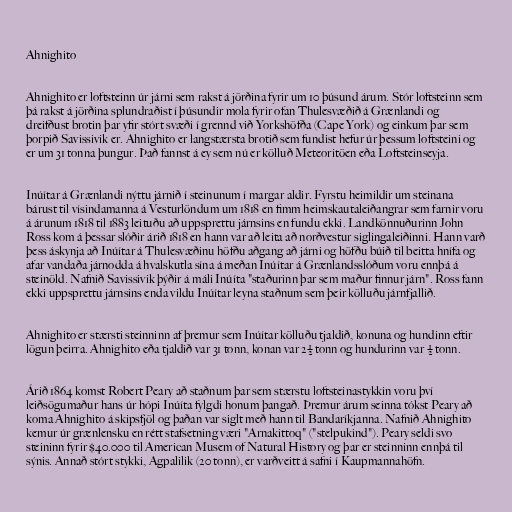
Ahnighito

Ahnighito er loftsteinn úr járni sem rakst á jörðina fyrir um 10 þúsund árum. Stór loftsteinn sem
þá rakst á jörðina splundraðist í þúsundir mola fyrir ofan Thulesvæðið á Grænlandi og
dreifðust brotin þar yfir stórt svæði í grennd við Yorkshöfða (Cape York) og einkum þar sem
þorpið Savissivik er. Ahnighito er langstærsta brotið sem fundist hefur úr þessum loftsteini og
er um 31 tonna þungur. Það fannst á ey sem nú er kölluð Meteoritöen eða Loftsteinseyja.

Inúítar á Grænlandi nýttu járnið í steinunum í margar aldir. Fyrstu heimildir um steinana
bárust til vísindamanna á Vesturlöndum um 1818 en fimm heimskautaleiðangrar sem farnir voru
á árunum 1818 til 1883 leituðu að uppsprettu járnsins en fundu ekki. Landkönnuðurinn John
Ross kom á þessar slóðir árið 1818 en hann var að leita að norðvestur siglingaleiðinni. Hann varð
þess áskynja að Inúítar á Thulesvæðinu höfðu aðgang að járni og höfðu búið til beitta hnífa og
afar vandaða járnodda á hvalskutla sína á meðan Inúítar á Grænlandsslóðum voru ennþá á
steinöld. Nafnið Savissivik þýðir á máli Inúíta "staðurinn þar sem maður finnur járn". Ross fann
ekki uppsprettu járnsins enda vildu Inúítar leyna staðnum sem þeir kölluðu járnfjallið.

Ahnighito er stærsti steinninn af þremur sem Inúítar kölluðu tjaldið, konuna og hundinn eftir
lögun þeirra. Ahnighito eða tjaldið var 31 tonn, konan var 2½ tonn og hundurinn var ½ tonn.

Árið 1864 komst Robert Peary að staðnum þar sem stærstu loftsteinastykkin voru því
leiðsögumaður hans úr hópi Inúíta fylgdi honum þangað. Þremur árum seinna tókst Peary að
koma Ahnighito á skipsfjöl og þaðan var siglt með hann til Bandaríkjanna. Nafnið Ahnighito
kemur úr grænlensku en rétt stafsetning væri "Arnakittoq" ("stelpukind"). Peary seldi svo
steininn fyrir $40.000 til American Musem of Natural History og þar er steinninn ennþá til
sýnis. Annað stórt stykki, Agpalilik (20 tonn), er varðveitt á safni í Kaupmannahöfn.